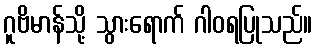
ဂူဗိမာန်သို့ သွားရောက် ဂါဝရပြုသည်။